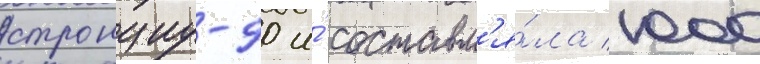
стронциу-90 и́ составл'я́ла 1000